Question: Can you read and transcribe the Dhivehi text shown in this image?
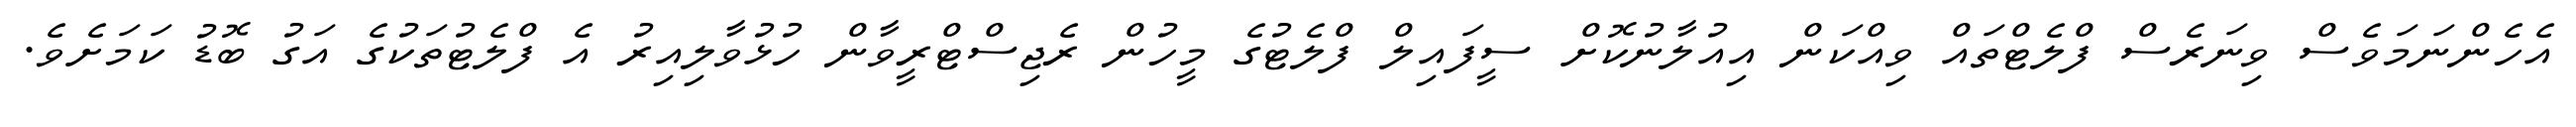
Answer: އެހެންނަމަވެސް ވިނަރެސް ފްލެޓްތައް ވިއްކަން އިއުލާނުކޮށް ސީފައިލް ފްލެޓުގެ މީހުން ރެޖިސްޓްރީވާން ހުޅުވާލިއިރު އެ ފްލެޓުތަކުގެ އަގު ބޮޑު ކަމަށެވެ.